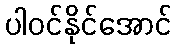
ပါဝင်နိုင်အောင်